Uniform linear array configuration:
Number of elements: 4
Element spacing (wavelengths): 0.75
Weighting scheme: hann
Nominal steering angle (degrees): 15
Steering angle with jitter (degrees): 15.86
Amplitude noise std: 0.05
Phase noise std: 0.05

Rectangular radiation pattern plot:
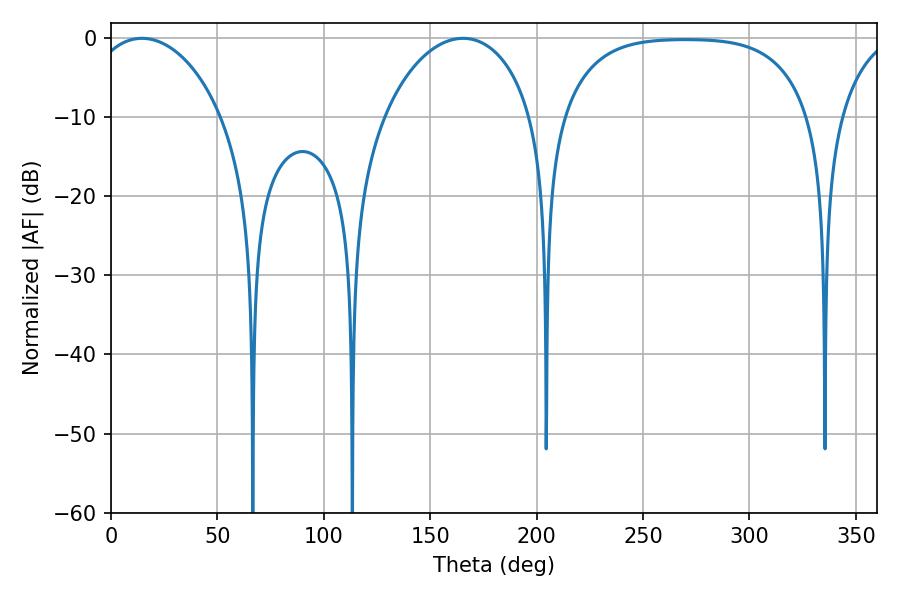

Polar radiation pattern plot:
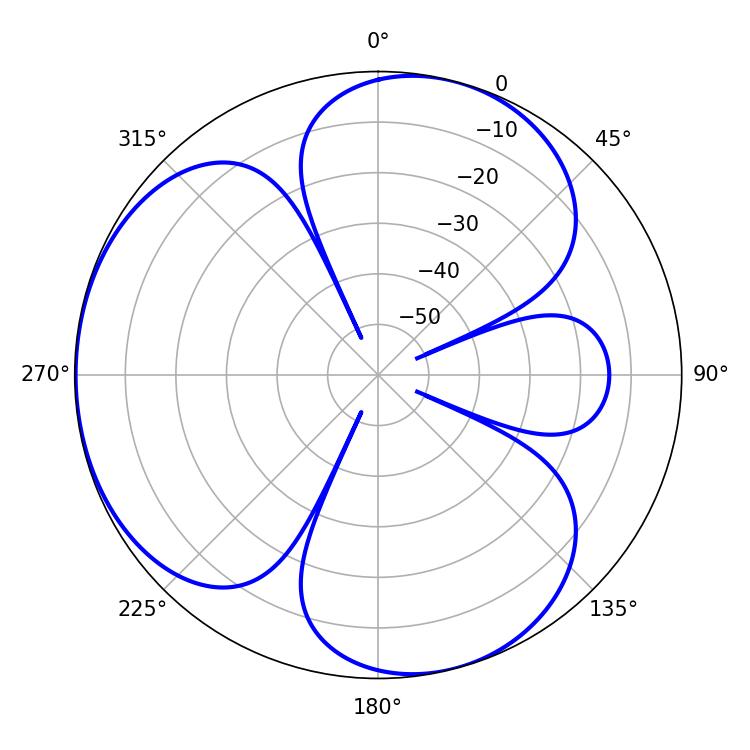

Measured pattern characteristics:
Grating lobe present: TRUE
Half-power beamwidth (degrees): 35.64
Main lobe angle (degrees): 14.58